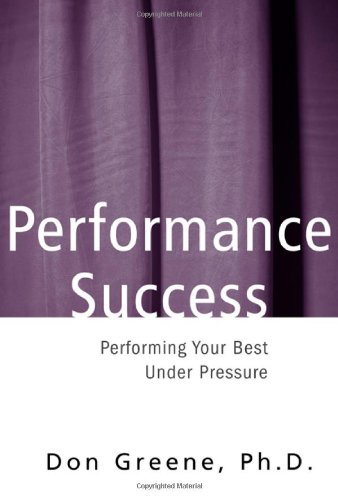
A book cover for Performance Success: Performing Your Best Under Pressure (Theatre Arts); Don Greene; Arts & Photography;